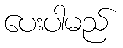
ပေးပါမည်